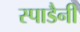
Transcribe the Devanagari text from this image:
स्पाडैनी